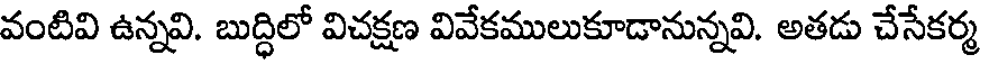
వంటివి ఉన్నవి. బుద్ధిలో విచక్షణ వివేకములుకూడానున్నవి. అతడు చేసేకర్మ